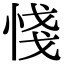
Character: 㥇